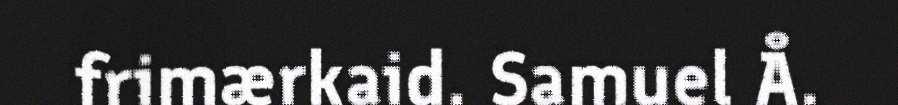
frimærkaid. Samuel Å.